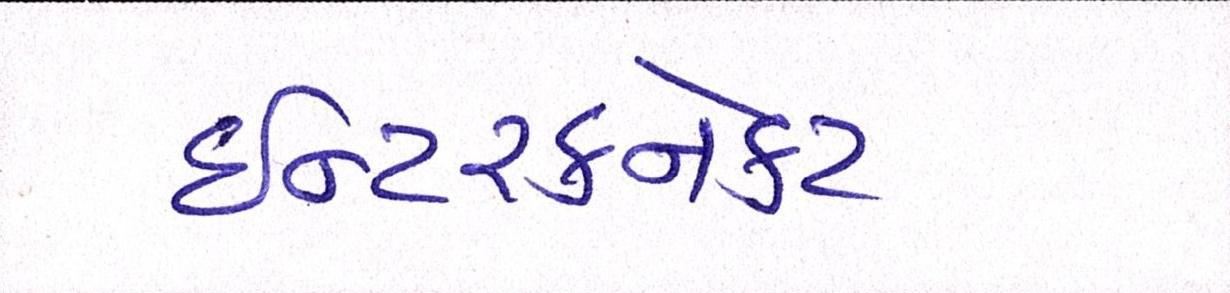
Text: ઈન્ટરકનેકટ